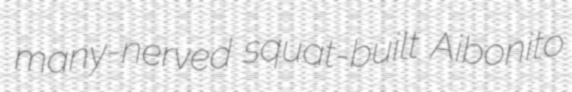
many-nerved squat-built Aibonito